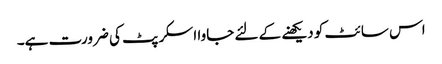
اس سائٹ کو دیکھنے کے لئے جاوا اسکرپٹ کی ضرورت ہے۔